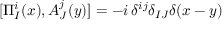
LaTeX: [ \Pi _ { I } ^ { i } ( x ) , A _ { J } ^ { j } ( y ) ] = - i \, \delta ^ { i j } \delta _ { I J } \delta ( x - y )